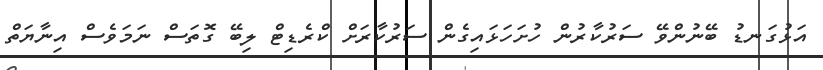
އަޅުގަނޑު ބޭނުންވޭ ސަރުކާރުން ހުށަހަޅައިގެން ސަރުކާރަށް ކްރެޑިޓް ލިބޭ ގޮތަސް ނަމަވެސް އިނާޔަތް